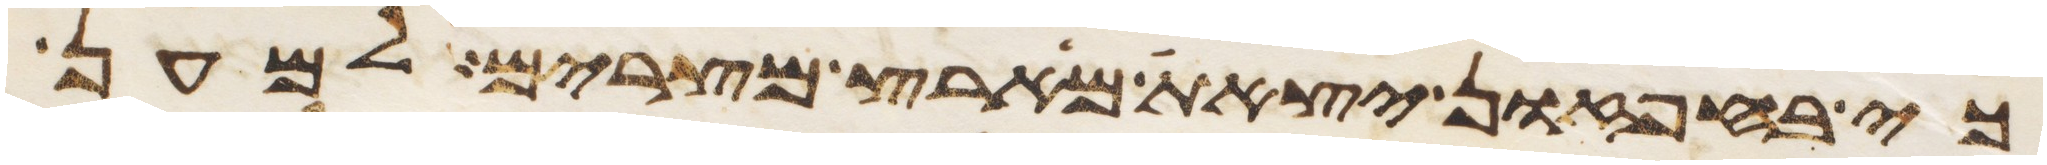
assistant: כי בחפזון יצאת מארץ מצרים למען